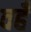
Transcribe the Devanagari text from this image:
वहँ